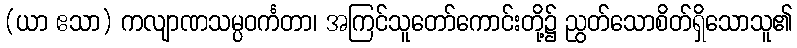
(ယာ ဧသာ) ကလျာဏသမ္ပဝင်္ကတာ၊ အကြင်သူတော်ကောင်းတို့၌ ညွတ်သောစိတ်ရှိသောသူ၏